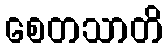
စေတသာတိ